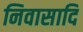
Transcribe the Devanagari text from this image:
निवासादि